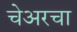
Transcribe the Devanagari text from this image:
चेअरचा